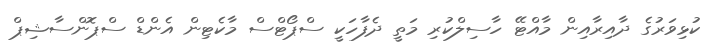
ކުޅިވަރުގެ ދާއިރާއިން މާއްޓޭ ހާސިލްކުރި މަތީ ދެފާހަކީ ސްޕޯޓްސް މާކެޓިން އެންޑް ސްޕޮންސާޝިޕް